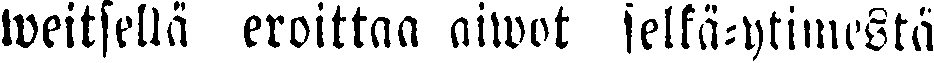
weitsellä eroittaa aiwot selkä-ytimestä